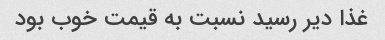
غذا دیر رسید نسبت به قیمت خوب بود